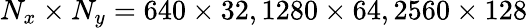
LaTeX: N_{x}\times N_{y}=640\times 32,1280\times 64,2560\times 128